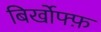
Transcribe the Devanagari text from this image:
बिर्खोफ्फ़